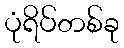
ပုံရိပ်တစ်ခု